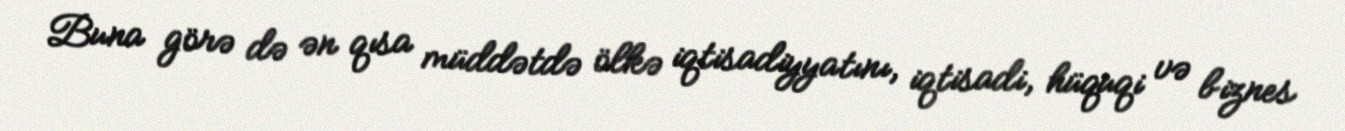
Buna görə də ən qısa müddətdə ölkə iqtisadiyyatını, iqtisadi, hüquqi və biznes